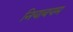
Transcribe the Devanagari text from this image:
नियाबयम